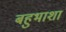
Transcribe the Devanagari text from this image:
बहुभाशा